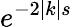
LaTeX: e^{-2|k|s}